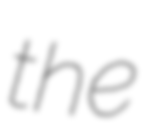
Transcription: the